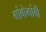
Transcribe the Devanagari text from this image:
गांवोगांवी